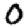
Digit: 0